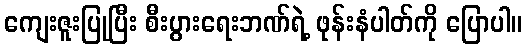
ကျေးဇူးပြုပြီး စီးပွားရေးဘဏ်ရဲ့ ဖုန်းနံပါတ်ကို ပြောပါ။